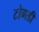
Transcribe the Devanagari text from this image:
टोगडी